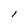
Character: I